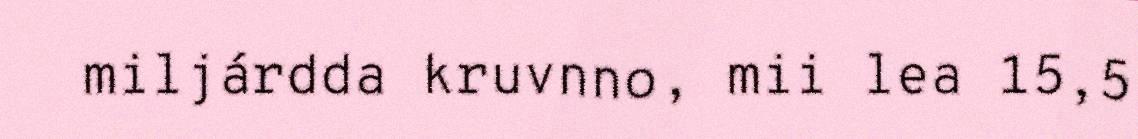
miljárdda kruvnno, mii lea 15,5